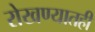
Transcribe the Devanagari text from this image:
रोखण्यातही